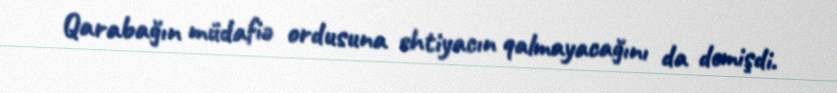
Qarabağın müdafiə ordusuna ehtiyacın qalmayacağını da demişdi.